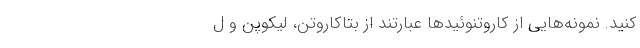
کنید. نمونه‌هایی از کاروتنوئیدها عبارتند از بتاکاروتن، لیکوپن و ل